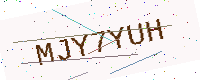
Text: MJY7YUH